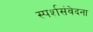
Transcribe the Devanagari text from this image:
स्पर्शसंवेदना